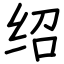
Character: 绍